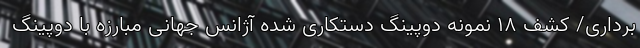
برداری/ کشف ۱۸ نمونه دوپینگ دستکاری شده آژانس جهانی مبارزه با دوپینگ